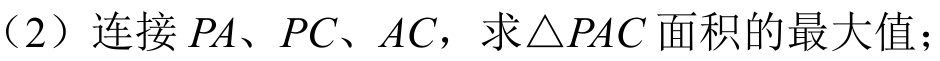
（2）连接\(PA\)、\(PC\)、\(AC\)，求\(\triangle PAC\)面积的最大值；